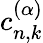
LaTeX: c_{n,k}^{(\alpha)}